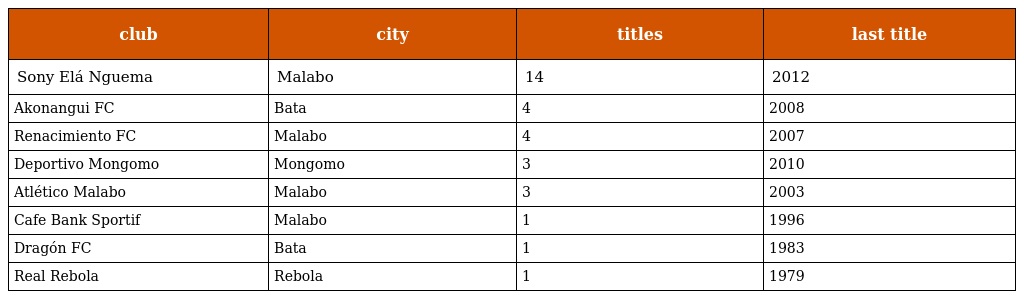
| club | city | titles | last title |
 | --- | --- | --- | --- |
 | Sony Elá Nguema | Malabo | 14 | 2012 |
 | Akonangui FC | Bata | 4 | 2008 |
 | Renacimiento FC | Malabo | 4 | 2007 |
 | Deportivo Mongomo | Mongomo | 3 | 2010 |
 | Atlético Malabo | Malabo | 3 | 2003 |
 | Cafe Bank Sportif | Malabo | 1 | 1996 |
 | Dragón FC | Bata | 1 | 1983 |
 | Real Rebola | Rebola | 1 | 1979 |